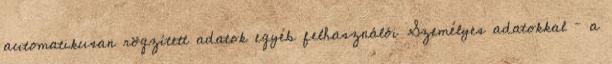
automatikusan rögzített adatok egyéb felhasználói Személyes adatokkal – a